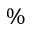
\%